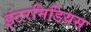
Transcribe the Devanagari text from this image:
इंटरमिडियस